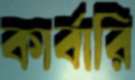
কার্বারি